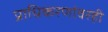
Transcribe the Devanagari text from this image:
प्राधिकरणांवरही